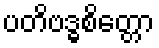
ပတိဗဒ္ဓစိတ္တော